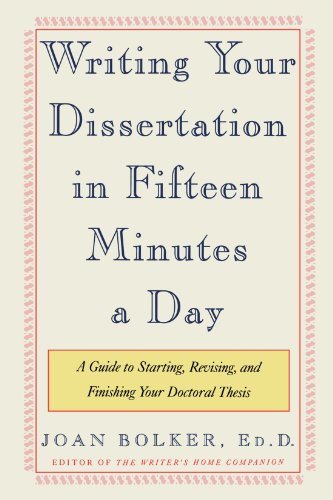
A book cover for Writing Your Dissertation in Fifteen Minutes a Day: A Guide to Starting, Revising, and Finishing Your Doctoral Thesis; Joan Bolker; Test Preparation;